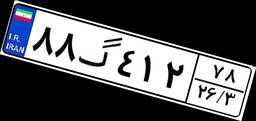
۸۸گ۴۱۲۷۸